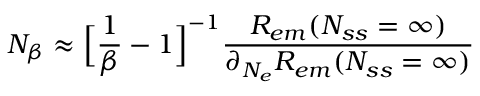
N _ { \beta } \approx \Big [ \frac { 1 } { \beta } - 1 \Big ] ^ { - 1 } \frac { R _ { e m } ( N _ { s s } = \infty ) } { \partial _ { N _ { e } } R _ { e m } ( N _ { s s } = \infty ) }